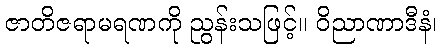
ဇာတိဇရာမရဏကို ညွန်းသဖြင့်။ ဝိညာဏာဒီနံ၊